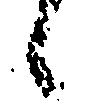
候